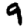
Digit: 9